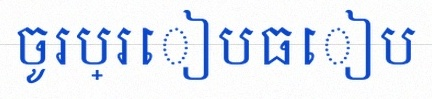
ចូរប្រៀបធៀប